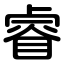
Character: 睿